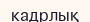
кадрлық